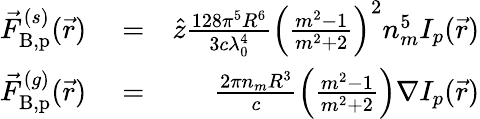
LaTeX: \begin{array}{rlr}{\vec{F}_{{\mathrm{B,p}}}^{(s)}(\vec{r})}&{{}=}&{\hat{z}\frac{128\pi^{5}R^{6}}{3c\lambda_{0}^{4}}\left(\frac{m^{2}-1}{m^{2}+2}\right)^{2}n_{m}^{5}I_{p}(\vec{r})}\\ {\vec{F}_{{\mathrm{B,p}}}^{(g)}(\vec{r})}&{{}=}&{\frac{2\pi n_{m}R^{3}}{c}\left(\frac{m^{2}-1}{m^{2}+2}\right)\nabla I_{p}(\vec{r})}\end{array}